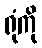
ရုံကို